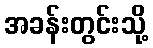
အခန်းတွင်းသို့